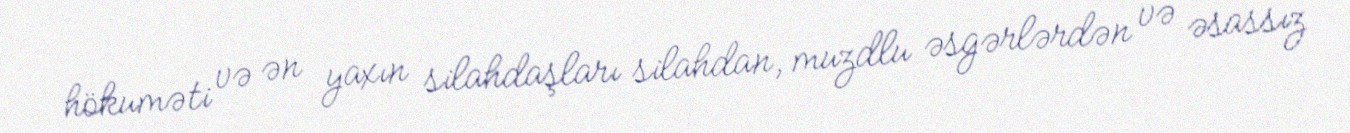
hökuməti və ən yaxın silahdaşları silahdan, muzdlu əsgərlərdən və əsassız